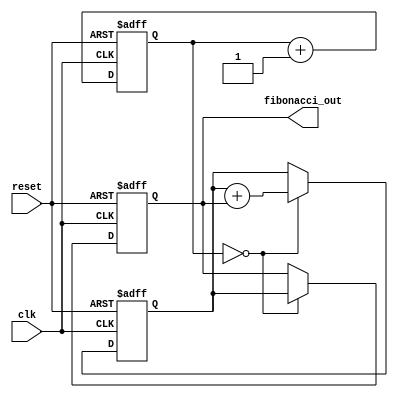

module fibonacci 
  (
   // inputs
   clk,
   reset,
   
   // outputs
   fibonacci_out
   );
   
   //inputs
   input clk;
   input reset;
   
   // outputs
   output [15:0] fibonacci_out;

   // wires and registers
   reg [15:00]   reg1, reg2;
   wire [15:00]         temp;
   reg [01:00]   slowdown;
   wire           change;
   
   always @(posedge clk or negedge reset)
     begin
        if (reset == 1'b0) begin
           slowdown <= 1;
           reg1 <= 16'h0001;
           reg2 <= 16'h0001;
        end
        else begin
           slowdown <= slowdown+1;
           if (change == 1'b1) begin
              reg2 <= reg1;
              reg1 <= temp;
           end
        end // else: !if(reset == 1'b0)
     end // always @ (posedge clk or negedge reset)

   assign temp = reg1 + reg2;
   assign change = (slowdown == 2'b00);

   assign fibonacci_out = reg2;
   
   
endmodule // fibonacci